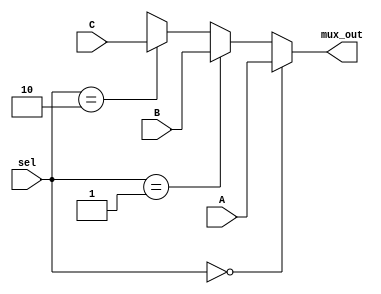
module three_to_one_mux(input [31:0] A, B, C, input [1:0] sel, output [31:0] mux_out);

	assign mux_out = (sel == 2'b00) ? A :
			 (sel == 2'b01) ? B :
			 (sel == 2'b10) ? C :
			 32'bx;
endmodule